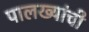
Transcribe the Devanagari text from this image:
पालख्यांची